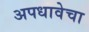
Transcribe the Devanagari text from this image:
अपधावेचा